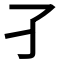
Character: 𡤼